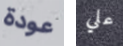
عودة علي